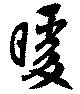
暖